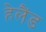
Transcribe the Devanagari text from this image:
हेलैंड